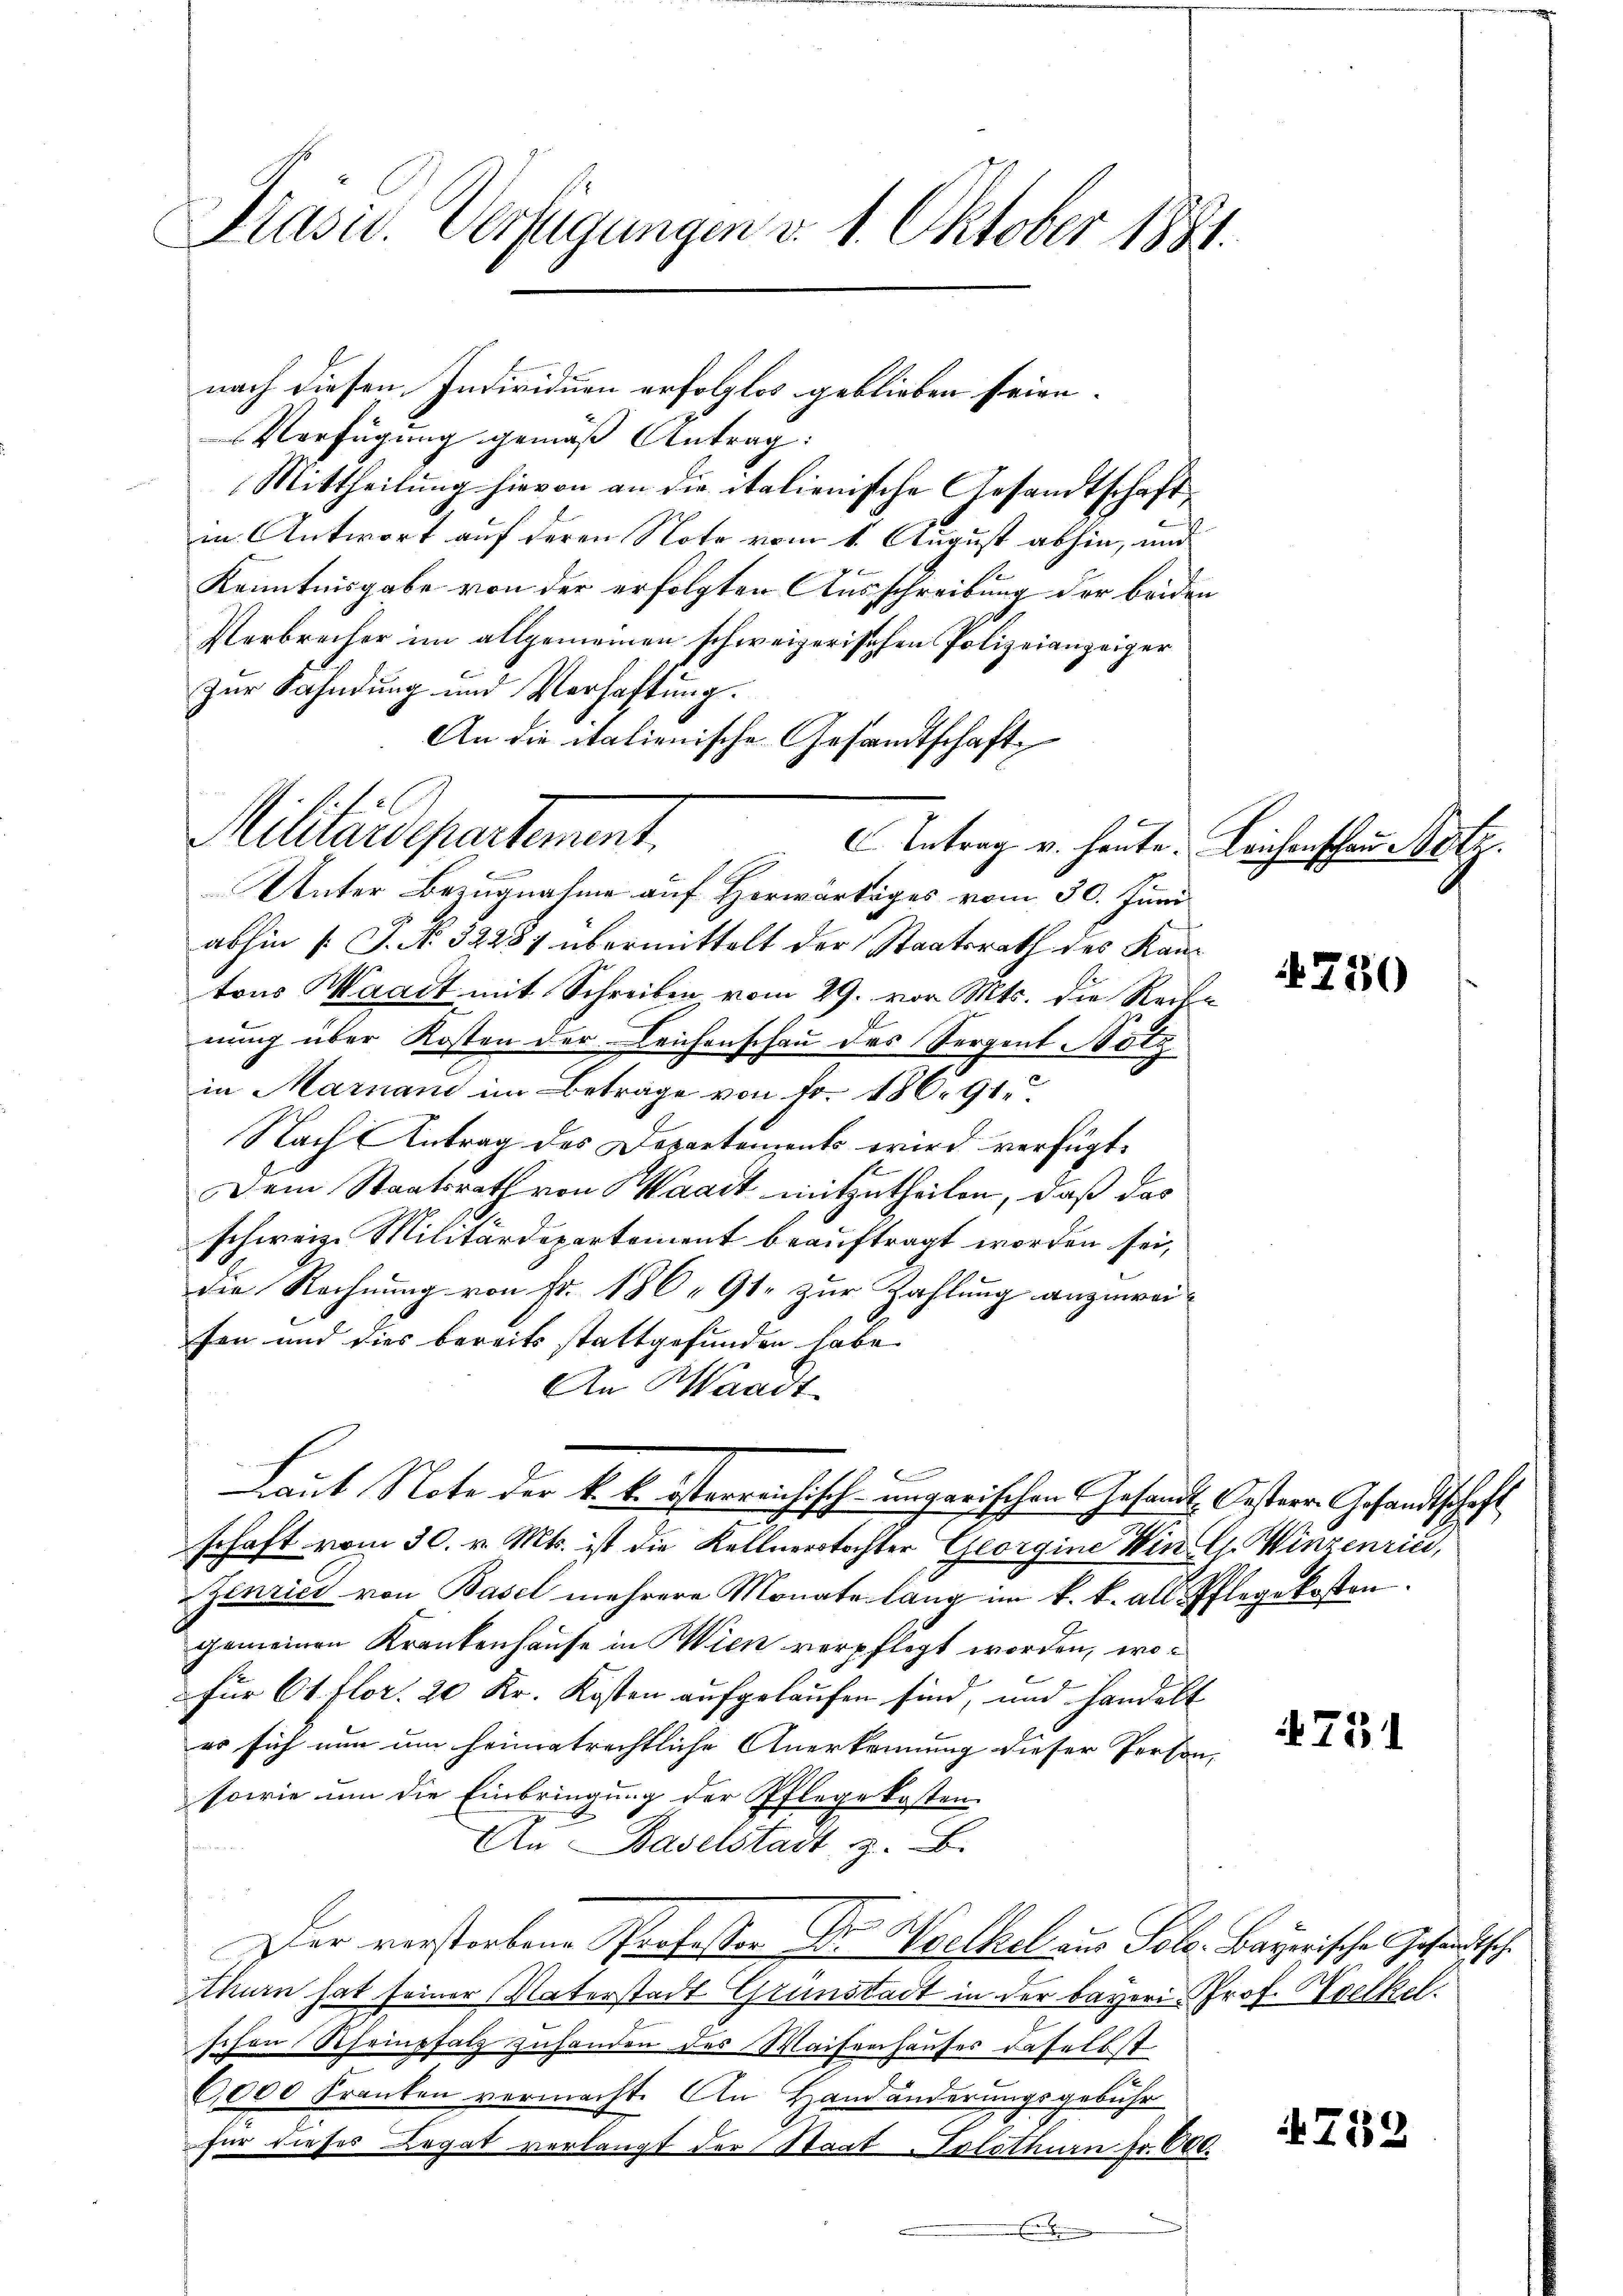
Präsid. Verfügungen v. 1. Oktober 1881.

nach diesen Individuen erfolglos geblieben seien.
Verfügung gemäß Antrag:
Mittheilung hievon an die italienische Gesandtschaft
in Antwort auf deren Note vom 1. August abhin, und
Kenntnisgabe von der erfolgten Ausschreibung der beiden
Verbrecher im allgemeinen schweizerischen Polizeianzeiger
zur Sahndung und Verhaftung.
An die italienische Gesandtschaft
Antrag v. heute. Leichenschaus Netz.
Unter Bezugnahme auf Herwärtiges vom 30. Juni
abhin [S. No. 32287 übermittelt der Staatsrath des Kantras Waadt mit Schreiben, vom 29. von Mts. die Reise
nung über Kosten der Leichenschau des Sergent Bote
in Marian im Betrage von Fr. 186. 91.
Nach Antrag des Departements wird verfügt:
Dem Staatsrath von Waadt mitzutheilen, daß das
schweiz. Militärdepartement beauftragt worden sei,
die Rechnung von Fr. 186. 91. zur Zahlung anzuweifon und dies bereits stattgefunden habe
An Waadt
Laut Note der k. k. österrausisch-ungarischen Gesandts Oesterr. Gesandtschaft
n
schaft vom 30. v. Mts. ist die Kellnerstochter Georgine Win C. Winzenries,
Zenries von Basel mehrere Monate lang im k. k. alle Pflegekosten.
gemeinen Krankenhause in Wien verpflegt worden, wo¬
Für 61 flor. 20 Kr. Kosten aufgelaufen sind, und Handelt
es sich nun um heimatrechtliche Anerkennung dieser Person,
sowie um die Einbringung der Pflegekosten.
An Baselstadt z. B.
Der verstorbene Professor Dr. Wielkel aus Pole. Bayerische Gesandtsche
thurn hat seiner Vaterstadt Grunstadt in der Bayeri. Prof. Keelkel.
schon Rheinsatz zuhanden des Waisenhauses daselbst
6,000 Franken vermacht. An Handänderungsgebühr
für dieses Legat verlangt der Staat Solothurn fr. 600.

Militärdepartement.

4750

751

4782